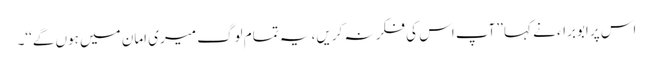
اس پر ابوبراء نے کہا ’’آپ اس کی فکر نہ کریں، یہ تمام لوگ میری امان میں ہوں گے‘‘۔